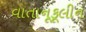
વાતાનૂકૂલીન